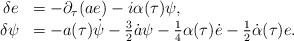
LaTeX: \begin{align*}\begin{array}{rl}\delta e& =-\partial_\tau(ae)-{i}\alpha(\tau)\psi,\\\delta\psi&=-a(\tau)\dot\psi-{3\over 2}\dot a \psi-{1\over4}\alpha(\tau)\dot e-{1\over 2}\dot\alpha(\tau)e.\end{array}\end{align*}